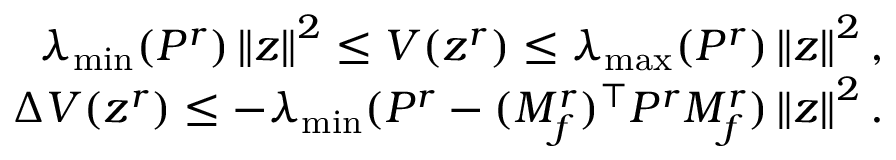
\begin{array} { r } { \lambda _ { \operatorname* { m i n } } ( P ^ { r } ) \left\| z \right\| ^ { 2 } \leq V ( z ^ { r } ) \leq \lambda _ { \operatorname* { m a x } } ( P ^ { r } ) \left\| z \right\| ^ { 2 } , } \\ { \Delta V ( z ^ { r } ) \leq - \lambda _ { \operatorname* { m i n } } ( P ^ { r } - ( M _ { f } ^ { r } ) ^ { \top } P ^ { r } M _ { f } ^ { r } ) \left\| z \right\| ^ { 2 } . } \end{array}